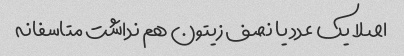
اصلا یک عدد یا نصف زیتون هم نداشت متاسفانه